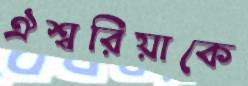
ঐশ্বরিয়াকে